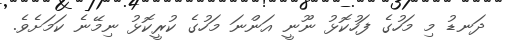
ދަނޑު މި މަހުގެ ފަހުކޮޅު ނޫނީ އަންނަ މަހުގެ ކުރީކޮޅު ނިމޭނެ ކަމަށެވެ.